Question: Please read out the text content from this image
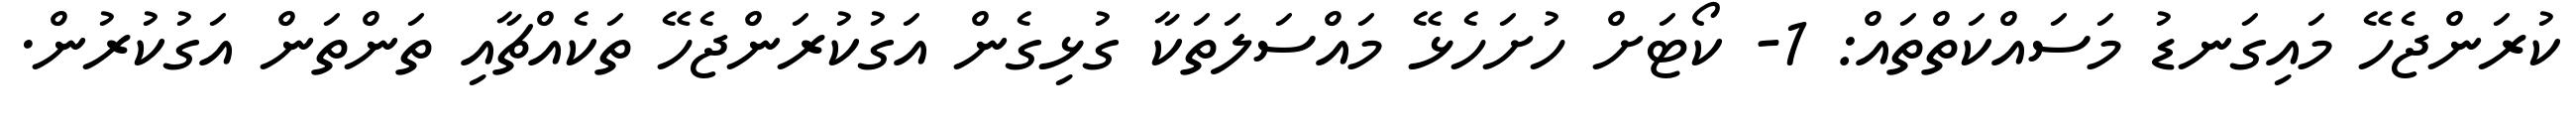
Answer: ކުރަންޖެހޭ މައިގަނޑު މަސައްކަތްތައް: 1- ކޯޓަށް ހުށަހެޅޭ މައްސަލަތަކާ ގުޅިގެން އަގުކުރަންޖެހޭ ތަކެއްޗާއި ތަންތަން އަގުކުރުން.